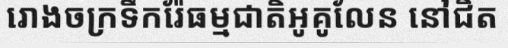
រោងចក្រទឹករ៉ែធម្មជាតិអូគូលែន នៅជិត